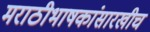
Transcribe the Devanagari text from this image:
मराठीभाषकांसारखीच